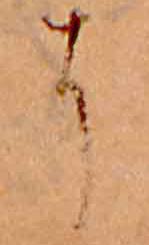
に